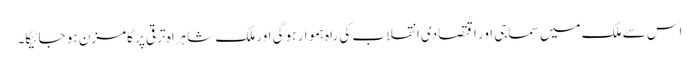
اس سے ملک میں سماجی اور اقتصادی انقلاب کی راہ ہموار ہوگی اور ملک شاہراہ ترقی پر گامزن ہو جائیگا۔